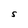
Character: S